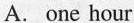
A. one hour